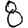
Digit: 8